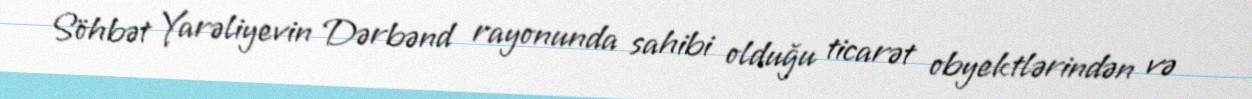
Söhbət Yarəliyevin Dərbənd rayonunda sahibi olduğu ticarət obyektlərindən və